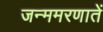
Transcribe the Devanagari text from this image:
जन्ममरणातें